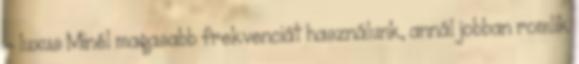
- luxus Minél magasabb frekvenciát használunk, annál jobban romlik